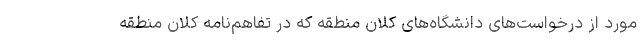
مورد از درخواست‌های دانشگاه‌های کلان منطقه که در تفاهم‌نامه کلان منطقه